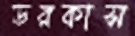
ডরকাস